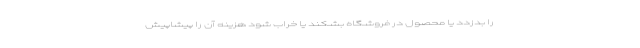
را بدزدد یا محصول در فروشگاه بشکند یا خراب شود هزینه آن را پیشاپیش